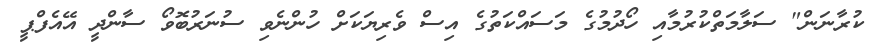
ކުރާނަން" ސަލާމަތްކުރުމާއި ހޯދުމުގެ މަސައްކަތުގެ އިސް ވެރިޔަކަށް ހުންނެވި ސުނަރުބޮވޯ ސާންދީ އޭއެފްޕީ